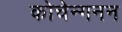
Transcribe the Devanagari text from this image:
कोचेन्गनन